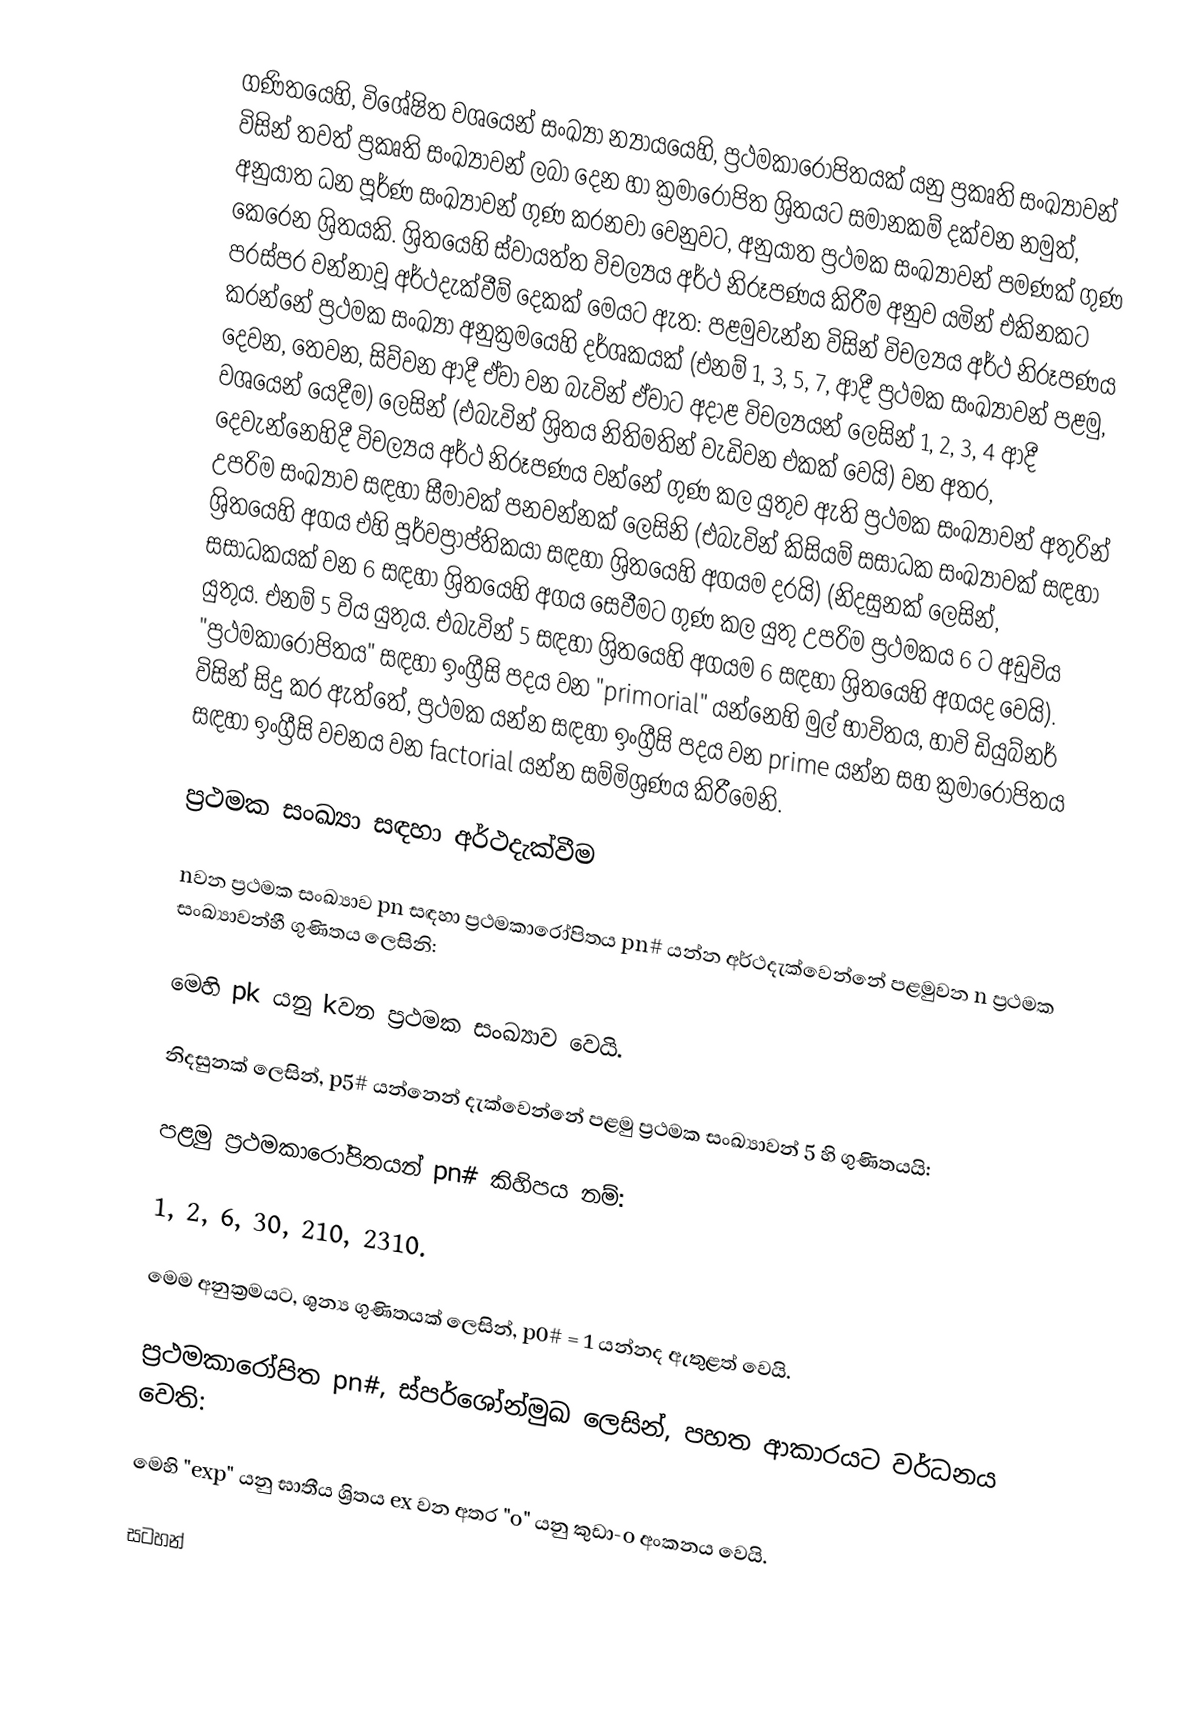
ගණිතයෙහි, විශේෂිත වශයෙන් සංඛ්‍යා න්‍යායයෙහි, ප්‍රථමකාරෝපිතයක් යනු  ප්‍රකෘති සංඛ්‍යාවන් විසින් තවත් ප්‍රකෘති සංඛ්‍යාවන් ලබා දෙන හා  ක්‍රමාරෝපිත ශ්‍රිතයට සමානකම් දක්වන නමුත්, අනුයාත ධන පූර්ණ සංඛ්‍යාවන් ගුණ කරනවා වෙනුවට, අනුයාත ප්‍රථමක සංඛ්‍යාවන් පමණක් ගුණ කෙරෙන ශ්‍රිතයකි. ශ්‍රිතයෙහි ස්ව‍ායත්ත විචල්‍යය අර්ථ නිරූපණය කිරීම අනුව යමින් එකිනකට පරස්පර වන්නාවූ අර්ථදැක්වීම් දෙකක් මෙයට ඇත: පළමුවැන්න විසින් විචල්‍යය අර්ථ නිරූපණය කරන්නේ ප්‍රථමක සංඛ්‍යා අනුක්‍රමයෙහි දර්ශකයක් (එනම් 1, 3, 5, 7, ආදී ප්‍රථමක සංඛ්‍යාවන් පළමු, දෙවන, තෙවන, සිව්වන ආදී ඒවා වන බැවින් ඒවාට අදාළ විචල්‍යයන් ලෙසින් 1, 2, 3, 4 ආදී වශයෙන් යෙදීම) ලෙසින් (එබැවින් ශ්‍රිතය නිතිමතින් වැඩිවන එකක් වෙයි) වන අතර, දෙවැන්නෙහිදී විචල්‍යය අර්ථ නිරූපණය වන්නේ ගුණ කල යුතුව ඇති ප්‍රථමක සංඛ්‍යාවන් අතුරින් උපරිම සංඛ්‍යාව සඳහා සීමාවක් පනවන්නක් ලෙසිනි (එබැවින් කිසියම් සසාධක සංඛ්‍යාවක් සඳහා ශ්‍රිතයෙහි අගය එහි පූර්වප්‍රාප්තිකයා සඳහා ශ්‍රිතයෙහි අගයම දරයි) (නිදසුනක් ලෙසින්, සසාධකයක් වන 6 සඳහා ශ්‍රිතයෙහි අගය සෙවීමට ගුණ කල යුතු උපරිම ප්‍රථමකය 6 ට අඩුවිය යුතුය. එනම් 5 විය යුතුය. එබැවින් 5 සඳහා ශ්‍රිතයෙහි අගයම 6 සඳහා ශ්‍රිතයෙහි අගයද වෙයි). "ප්‍රථමකාරෝපිතය" සඳහා ඉංග්‍රීසි පදය වන  "primorial" යන්නෙහි මුල් භාවිතය,  හාවි  ඩියුබ්නර් විසින් සිදු කර ඇත්තේ, ප්‍රථමක යන්න සඳහා ඉංග්‍රීසි පදය වන prime යන්න සහ ක්‍රමාරෝපිතය සඳහා ඉංග්‍රීසි වචනය වන  factorial යන්න සම්මිශ්‍රණය කිරීමෙනි.

ප්‍රථමක සංඛ්‍යා සඳහා අර්ථදැක්වීම

nවන ප්‍රථමක සංඛ්‍යාව pn  සඳහා ප්‍රථමකාරෝපිතය pn# යන්න අර්ථදැක්වෙන්නේ පළමුවන  n ප්‍රථමක සංඛ්‍යාවන්හී ගුණිතය ලෙසිනි:

මෙහි pk යනු kවන  ප්‍රථමක සංඛ්‍යාව වෙයි.

නිදසුනක් ලෙසින්, p5# යන්නෙන් දැක්වෙන්නේ පළමු ප්‍රථමක සංඛ්‍යාවන්  5 හි ගුණිතයයි:

පළමු ප්‍රථමකාරෝපිතයන්  pn# කිහිපය නම්:

1, 2, 6, 30, 210, 2310.

මෙම අනුක්‍රමයට,  ශුන්‍ය ගුණිතයක් ලෙසින්,  p0# = 1 යන්නද ඇතුළත් වෙයි.

ප්‍රථමකාරෝපිත pn#, ස්පර්ශෝන්මුඛ ලෙසින්, පහත ආකාරයට වර්ධනය වෙති:

මෙහි  "exp" යනු ඝාතීය ශ්‍රිතය ex වන අතර  "o" යනු කුඩා-o අංකනය වෙයි.

සටහන්